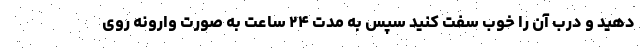
دهید و درب آن را خوب سفت کنید سپس به مدت ۲۴ ساعت به صورت وارونه روی